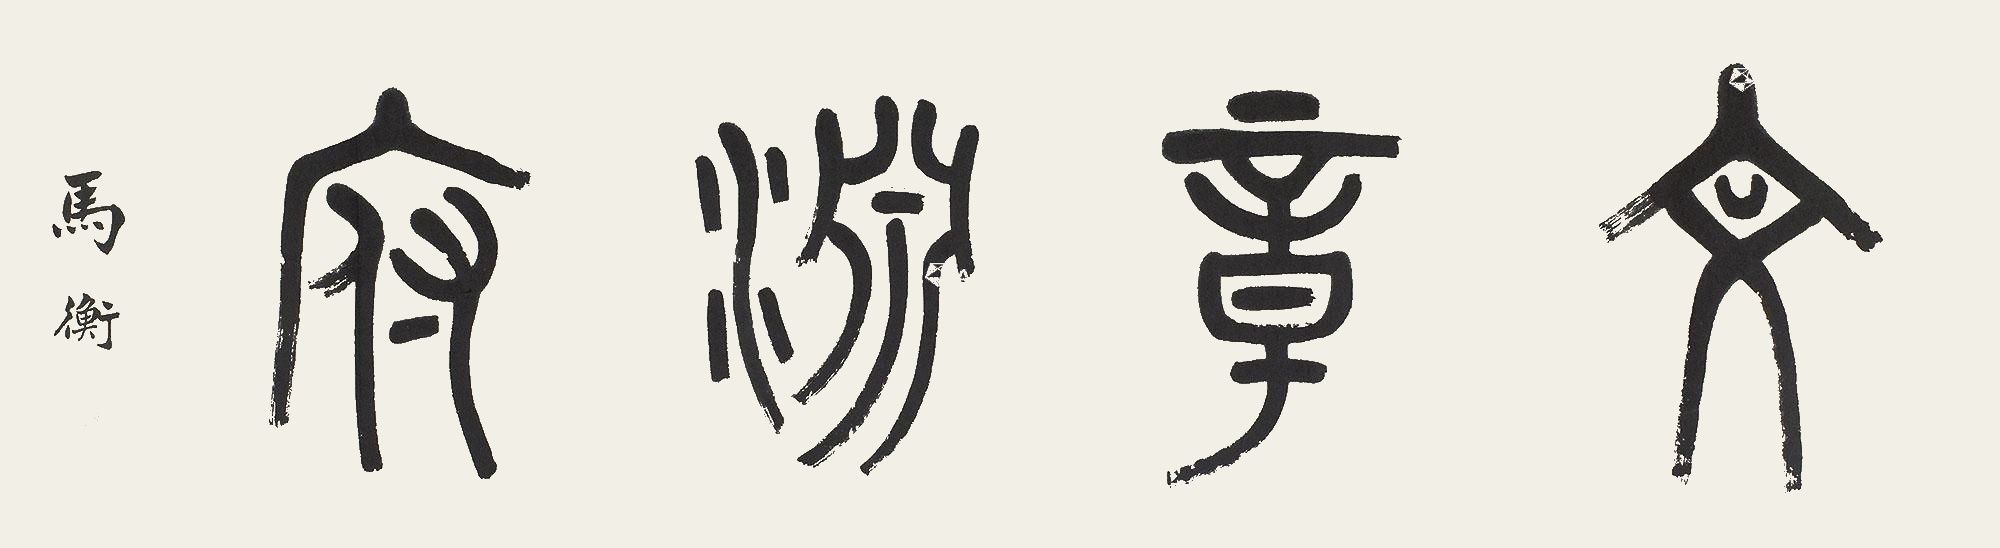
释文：文章渊府马衡印